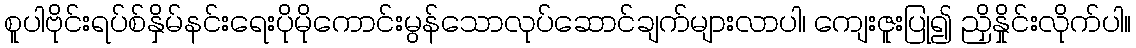
စူပါဗိုင်းရပ်စ်နှိမ်နင်းရေးပိုမိုကောင်းမွန်သောလုပ်ဆောင်ချက်များလာပါ၊ ကျေးဇူးပြု၍ ညှိနှိုင်းလိုက်ပါ။